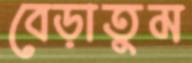
বেড়াতুম